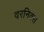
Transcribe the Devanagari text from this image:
वरनिक्स